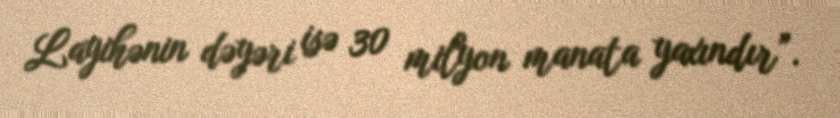
Layihənin dəyəri isə 30 milyon manata yaxındır”.